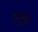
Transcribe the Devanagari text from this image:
अतुलः